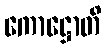
ကောဋ္ဌောတိ